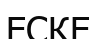
ЕСКЕ